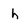
Character: h